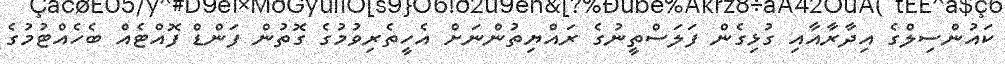
ކައުންސިލްގެ އިދާރާއާއި ގުޅިގެން ފަލަސްތީނުގެ ރައްޔިތުންނަށް އެހީތެރިވުމުގެ ގޮތުން ފަންޑް ފޮއްޓެއް ބެހެއްޓުމުގެ